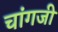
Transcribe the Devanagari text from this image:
चांगजी